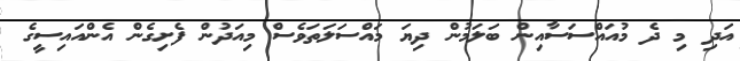
އަދި މި ދެ މުއައްސަސާއިން ބަލަމުން ދިޔަ މައްސަލަތަވެސް މިއަދުން ފެށިގެން އެންއައިސީގެ